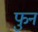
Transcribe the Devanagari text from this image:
फुन